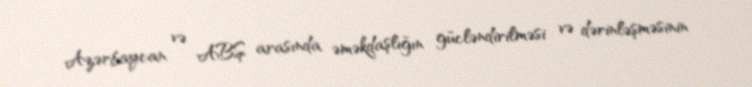
Azərbaycan və ABŞ arasında əməkdaşlığın gücləndirilməsi və dərinləşməsinin